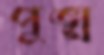
পুঙ্খ